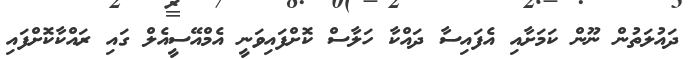
ދައުލަތުން ނޫން ކަމަށާއި އެފައިސާ ދައްކާ ހަލާސް ކޮށްފައިވަނީ އެމްއޭސީއެލް ގައި ރައްކާކޮށްފައި